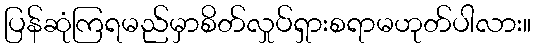
ပြန်ဆုံကြရမည်မှာစိတ်လှုပ်ရှားစရာမဟုတ်ပါလား။